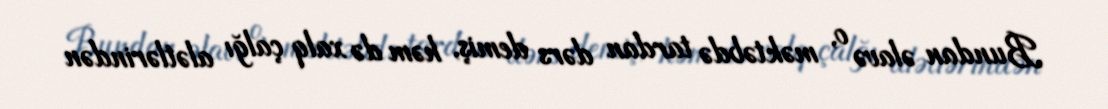
Bundan əlavə o, məktəbdə tardan dərs demiş, həm də xalq çalğı alətlərindən